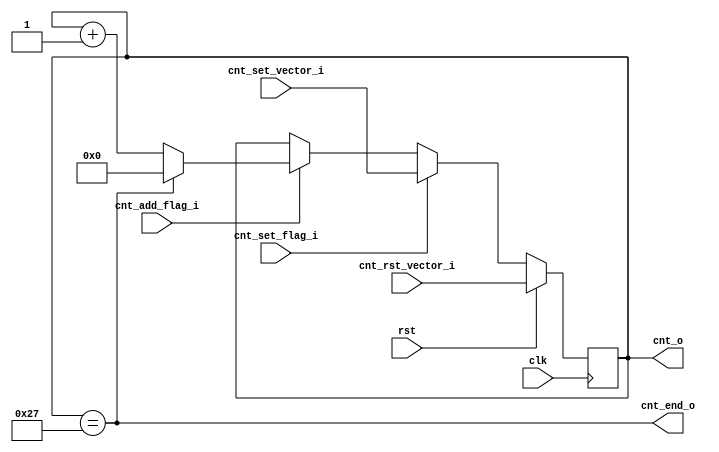
module counter2 (
	clk,
	rst,
	cnt_add_flag_i,
	cnt_rst_vector_i,
	cnt_set_flag_i,
	cnt_set_vector_i,
	cnt_o,
	cnt_end_o
);
	parameter CNT_SIZE = 40;
	parameter CNT_SIZE_WIDTH = 6;
	input clk;
	input rst;
	input cnt_add_flag_i;
	input [CNT_SIZE_WIDTH - 1:0] cnt_rst_vector_i;
	input cnt_set_flag_i;
	input [CNT_SIZE_WIDTH - 1:0] cnt_set_vector_i;
	output wire [CNT_SIZE_WIDTH - 1:0] cnt_o;
	output wire cnt_end_o;
	wire cnt_start;
	reg [CNT_SIZE_WIDTH - 1:0] cnt_r;
	assign cnt_o = cnt_r;
	always @(posedge clk)
		if (rst)
			cnt_r <= cnt_rst_vector_i;
		else if (cnt_set_flag_i)
			cnt_r <= cnt_set_vector_i;
		else if (cnt_add_flag_i)
			if (cnt_end_o)
				cnt_r <= 0;
			else
				cnt_r <= cnt_r + 1;
	assign cnt_end_o = cnt_o == (CNT_SIZE - 1);
	assign cnt_start = cnt_o == 0;
endmodule